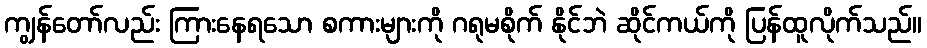
ကျွန်တော်လည်း ကြားနေရသော စကားများကို ဂရုမစိုက် နိုင်ဘဲ ဆိုင်ကယ်ကို ပြန်ထူလိုက်သည်။